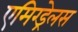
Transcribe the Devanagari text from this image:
एमिग्ड्रेलस